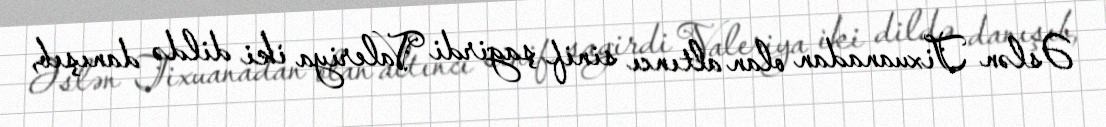
Əslən Tixuanadan olan altıncı sinif şagirdi Valeriya iki dildə danışıb,